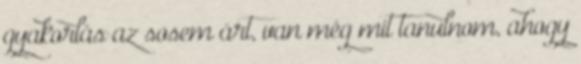
gyakorlás az sosem árt, van még mit tanulnom, ahogy